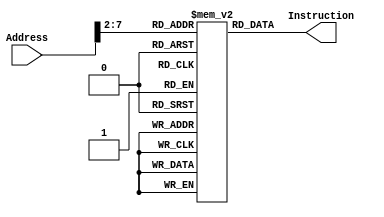
`timescale 1ns/1ns
module Instruction_Memory(
  Address,
  Instruction
);
	parameter mem_size = 50;
	parameter mem_len = 32;

  	input [mem_len-1 : 0] Address;
  	output [mem_len-1 : 0] Instruction;

  	wire [mem_len-1 : 0] scope;
	reg [mem_len-1:0] memory[0:mem_size-1];
  	
	assign scope = {2'd0, Address[31:2]};
  	
	initial begin
		memory[0]  = 32'b1110_00_1_1101_0_0000_0000_000000010100; //MOV R0 ,#20 //R0 = 20
		memory[1]  = 32'b1110_00_1_1101_0_0000_0001_101000000001; //MOV		R1 ,#4096		//R1 = 4096
		memory[2]  = 32'b1110_00_1_1101_0_0000_0010_000100000011;//MOV		R2 ,#0xC0000000	//R2 = -1073741824
		memory[3]  = 32'b1110_00_0_0100_1_0010_0011_000000000010; //ADDS		R3 ,R2,R2		//R3 = -2147483648 
		memory[4]  = 32'b1110_00_0_0101_0_0000_0100_000000000000; //ADC		R4 ,R0,R0		//R4 = 41
		memory[5]  = 32'b1110_00_0_0010_0_0100_0101_000100000100; //SUB		R5 ,R4,R4,LSL #2	//R5 = -123
		memory[6]  = 32'b1110_00_0_0110_0_0000_0110_000010100000; //SBC		R6 ,R0,R0,LSR #1	//R6 = 10
		memory[7]  = 32'b1110_00_0_1100_0_0101_0111_000101000010; //ORR		R7 ,R5,R2,ASR #2	//R7 = -123
		memory[8]  = 32'b1110_00_0_0000_0_0111_1000_000000000011; //AND		R8 ,R7,R3		//R8 = -2147483648
		memory[9]  = 32'b1110_00_0_1111_0_0000_1001_000000000110; //MVN		R9 ,R6		//R9 = -11
		memory[10] = 32'b1110_00_0_0001_0_0100_1010_000000000101; //EOR		R10,R4,R5	//R10 = -84
		memory[11] = 32'b1110_00_0_1010_1_1000_0000_000000000110; //CMP		R8 ,R6		
		memory[12] = 32'b0001_00_0_0100_0_0001_0001_000000000001; //ADDNE		R1 ,R1,R1		//R1 = 8192
		memory[13] = 32'b1110_00_0_1000_1_1001_0000_000000001000; //TST		R9 ,R8		
		memory[14] = 32'b0000_00_0_0100_0_0010_0010_000000000010; //ADDEQ		R2 ,R2,R2   	//R2 = -1073741824
		memory[15] = 32'b1110_00_1_1101_0_0000_0000_101100000001; //MOV		R0 ,#1024		//R0 = 1024
		memory[16] = 32'b1110_01_0_0100_0_0000_0001_000000000000; //STR		R1 ,[R0],#0	//MEM[1024] = 8192
		memory[17] = 32'b1110_01_0_0100_1_0000_1011_000000000000; //LDR		R11,[R0],#0	//R11 = 8192
		memory[18] = 32'b1110_01_0_0100_0_0000_0010_000000000100; //STR		R2 ,[R0],#4	//MEM[1028] = -1073741824
		memory[19] = 32'b1110_01_0_0100_0_0000_0011_000000001000; //STR		R3 ,[R0],#8	//MEM[1032] = -2147483648
		memory[20] = 32'b1110_01_0_0100_0_0000_0100_000000001101; //STR		R4 ,[R0],#13	//MEM[1036] = 41
		memory[21] = 32'b1110_01_0_0100_0_0000_0101_000000010000; //STR		R5 ,[R0],#16	//MEM[1040] = -123
		memory[22] = 32'b1110_01_0_0100_0_0000_0110_000000010100; //STR		R6 ,[R0],#20	//MEM[1044] = 10
		memory[23] = 32'b1110_01_0_0100_1_0000_1010_000000000100; //LDR		R10,[R0],#4	//R10 = -1073741824
		memory[24] = 32'b1110_01_0_0100_0_0000_0111_000000011000; //STR		R7 ,[R0],#24	//MEM[1048] = -123
		memory[25] = 32'b1110_00_1_1101_0_0000_0001_000000000100; //MOV		R1 ,#4		//R1 = 4
		memory[26] = 32'b1110_00_1_1101_0_0000_0010_000000000000; //MOV		R2 ,#0		//R2 = 0
		memory[27] = 32'b1110_00_1_1101_0_0000_0011_000000000000; //MOV		R3 ,#0		//R3 = 0
		memory[28] = 32'b1110_00_0_0100_0_0000_0100_000100000011; //ADD		R4 ,R0,R3,LSL #2	
		memory[29] = 32'b1110_01_0_0100_1_0100_0101_000000000000; //LDR		R5 ,[R4],#0
		memory[30] = 32'b1110_01_0_0100_1_0100_0110_000000000100; //LDR		R6 ,[R4],#4
		memory[31] = 32'b1110_00_0_1010_1_0101_0000_000000000110; //CMP		R5 ,R6
		memory[32] = 32'b1100_01_0_0100_0_0100_0110_000000000000; //STRGT		R6 ,[R4],#0
		memory[33] = 32'b1100_01_0_0100_0_0100_0101_000000000100; //STRGT		R5 ,[R4],#4
		memory[34] = 32'b1110_00_1_0100_0_0011_0011_000000000001; //ADD		R3 ,R3,#1
		memory[35] = 32'b1110_00_1_1010_1_0011_0000_000000000011; //CMP		R3 ,#3
		memory[36] = 32'b1011_10_1_0_111111111111111111110111   ; //BLT		#-9
		memory[37] = 32'b1110_00_1_0100_0_0010_0010_000000000001; //ADD		R2 ,R2,#1
		memory[38] = 32'b1110_00_0_1010_1_0010_0000_000000000001; //CMP		R2 ,R1
		memory[39] = 32'b1011_10_1_0_111111111111111111110011   ; //BLT		#-13
		memory[40] = 32'b1110_01_0_0100_1_0000_0001_000000000000; //LDR		R1 ,[R0],#0	//R1 = -2147483648
		memory[41] = 32'b1110_01_0_0100_1_0000_0010_000000000100; //LDR		R2 ,[R0],#4	//R2 = -1073741824
		memory[42] = 32'b1110_01_0_0100_1_0000_0011_000000001000; //LDR		R3 ,[R0],#8	//R3 = 41
		memory[43] = 32'b1110_01_0_0100_1_0000_0100_000000001100; //LDR		R4 ,[R0],#12	//R4 = 8192
		memory[44] = 32'b1110_01_0_0100_1_0000_0101_000000010000; //LDR		R5 ,[R0],#16	//R5 = -123
		memory[45] = 32'b1110_01_0_0100_1_0000_0110_000000010100; //LDR		R6 ,[R0],#20	//R4 = 10
		memory[46] = 32'b1110_10_1_0_111111111111111111111111   ;  
	end

	assign Instruction = memory[scope];	

endmodule